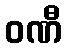
ဝဏီ